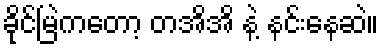
ခိုင်မြဲကတော့ တအိအိ နဲ့ နင်းနေဆဲ။